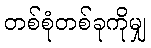
တစ်စုံတစ်ခုကိုမျှ